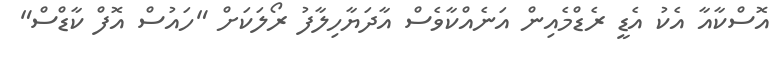
އޮސްކާއާ އެކު އެޑީ ރެޑްމެއިން އަނެއްކާވެސް އާދަޔާހިލާފު ރޯލަކަށް "ހައުސް އޮފް ކާޑްސް"